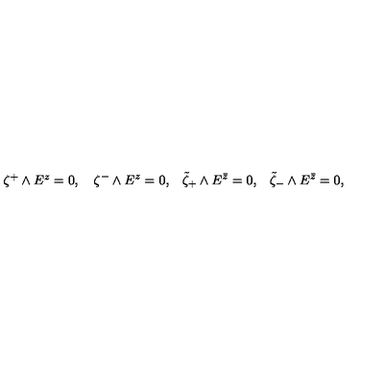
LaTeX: \begin{matrix} { \zeta ^ { + } \wedge E ^ { z } = 0 , } & { \quad \zeta ^ { - } \wedge E ^ { z } = 0 , } & { \quad \tilde { \zeta } _ { + } \wedge E ^ { \bar { z } } = 0 , } & { \quad \tilde { \zeta } _ { - } \wedge E ^ { \bar { z } } = 0 , } \\ \end{matrix}